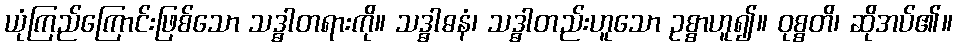
ယုံကြည်ကြောင်းဖြစ်သော သဒ္ဓါတရားကို။ သဒ္ဓါဓနံ၊ သဒ္ဓါတည်းဟူသော ဥစ္စာဟူ၍။ ဝုစ္စတိ၊ ဆိုအပ်၏။